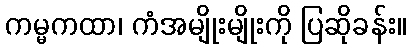
ကမ္မကထာ၊ ကံအမျိုးမျိုးကို ပြဆိုခန်း။